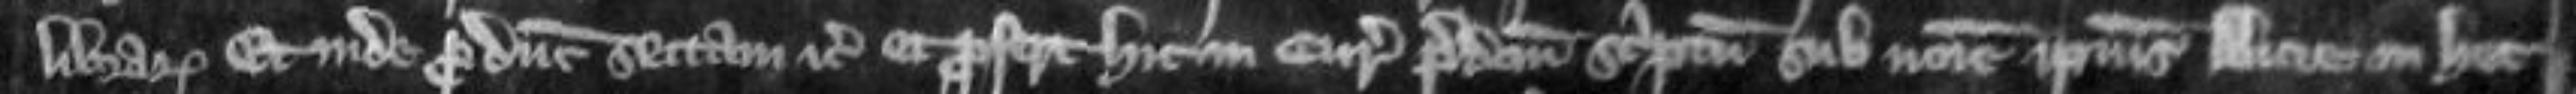
librarum Et inde producit sectam etc et profert hic in curia predictum scriptum sub nomine ipsius Alicie in hec